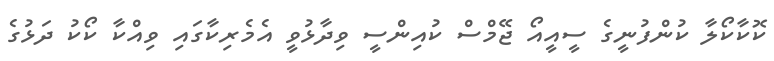
ކޮކާކޯލާ ކުންފުނީގެ ސީއީއޯ ޖޭމްސް ކުއިންސީ ވިދާޅުވީ އެމެރިކާގައި ވިއްކާ ކޯކު ދަޅުގެ